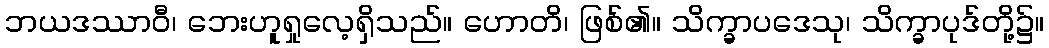
ဘယဒဿာဝီ၊ ဘေးဟူရှုလေ့ရှိသည်။ ဟောတိ၊ ဖြစ်၏။ သိက္ခာပဒေသု၊ သိက္ခာပုဒ်တို့၌။